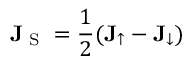
\mathbf { J } _ { \textrm { S } } = \frac { 1 } { 2 } ( \mathbf { J } _ { \uparrow } - \mathbf { J } _ { \downarrow } )